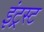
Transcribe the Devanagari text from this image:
इंट्रस्ट